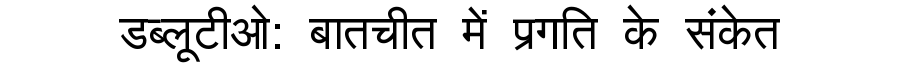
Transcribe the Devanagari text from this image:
डब्लूटीओ: बातचीत में प्रगति के संकेत